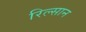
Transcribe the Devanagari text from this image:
रिल्सान